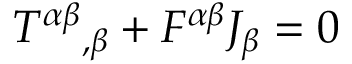
{ T ^ { \alpha \beta } } _ { , \beta } + F ^ { \alpha \beta } J _ { \beta } = 0